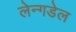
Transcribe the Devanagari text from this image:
लेन्गडेल